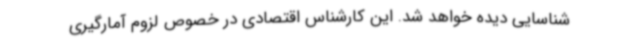
شناسایی دیده‌ خواهد شد. این کارشناس اقتصادی در خصوص لزوم آمارگیری